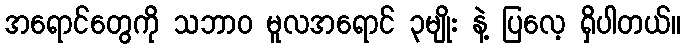
အရောင်တွေကို သဘာ၀ မူလအရောင် ၃မျိုး နဲ့ ပြလေ့ ရှိပါတယ်။